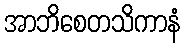
အာဘိစေတသိကာနံ